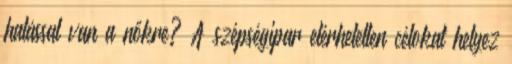
hatással van a nőkre? A szépségipar elérhetetlen célokat helyez